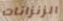
الزنزانات